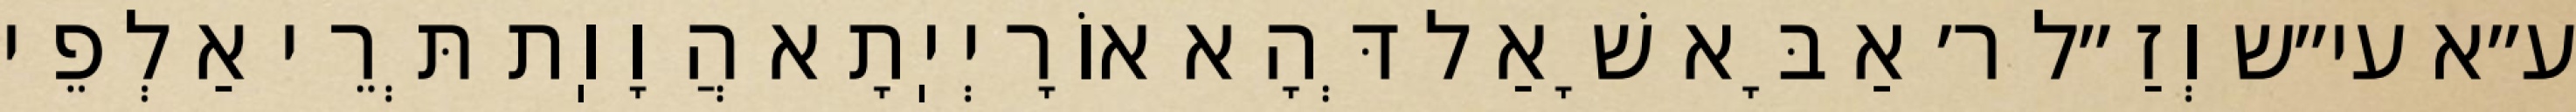
ע״א עי״ש וְזַ״ל ר׳ אַבָּא שָׁאַל דְּהָא אוֹרָיְיֽתָא הֲוָוֽת תְּרֵי אַלְפֵי